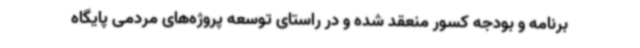
برنامه و بودجه کسور منعقد شده و در راستای توسعه پروژه‌های مردمی پایگاه